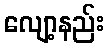
လျော့နည်း